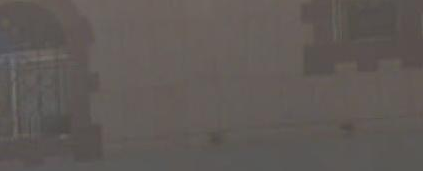
疫